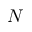
N